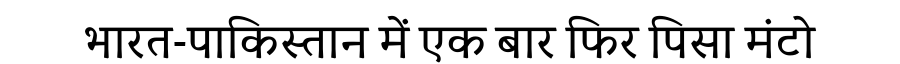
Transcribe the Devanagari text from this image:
भारत-पाकिस्तान में एक बार फिर पिसा मंटो